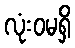
လုံးဝမရှိ